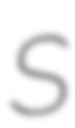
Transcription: S